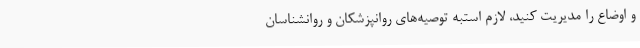
و اوضاع را مدیریت کنید، لازم استبه توصیه‌های روانپزشکان و روانشناسان